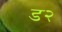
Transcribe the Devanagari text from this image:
ड२